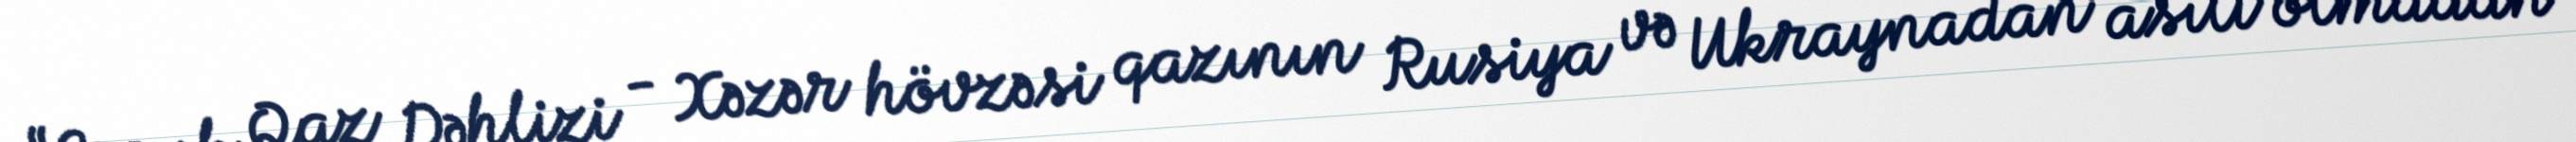
“Cənub Qaz Dəhlizi - Xəzər hövzəsi qazının Rusiya və Ukraynadan asılı olmadan